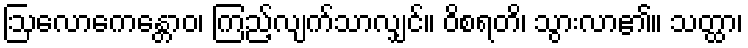
ဩလောကေန္တောဝ၊ ကြည့်လျက်သာလျှင်။ ဝိစရတိ၊ သွားလာ၏။ သတ္ထာ၊